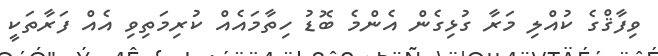
ވިފާޤްގެ ކުއްލި މަރާ ގުޅިގެން އެންމެ ބޮޑު ހިތާމައެއް ކުރިމަތިވި އެއް ފަރާތަކީ